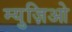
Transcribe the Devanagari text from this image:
म्युज़िओ